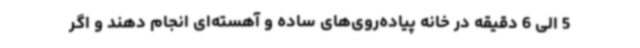
5 الی 6 دقیقه در خانه پیاده‌روی‌های ساده و آهسته‌ای انجام دهند و اگر